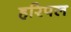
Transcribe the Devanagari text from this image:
हरिपल